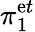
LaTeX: \pi_{1}^{\mathrm{e}t}